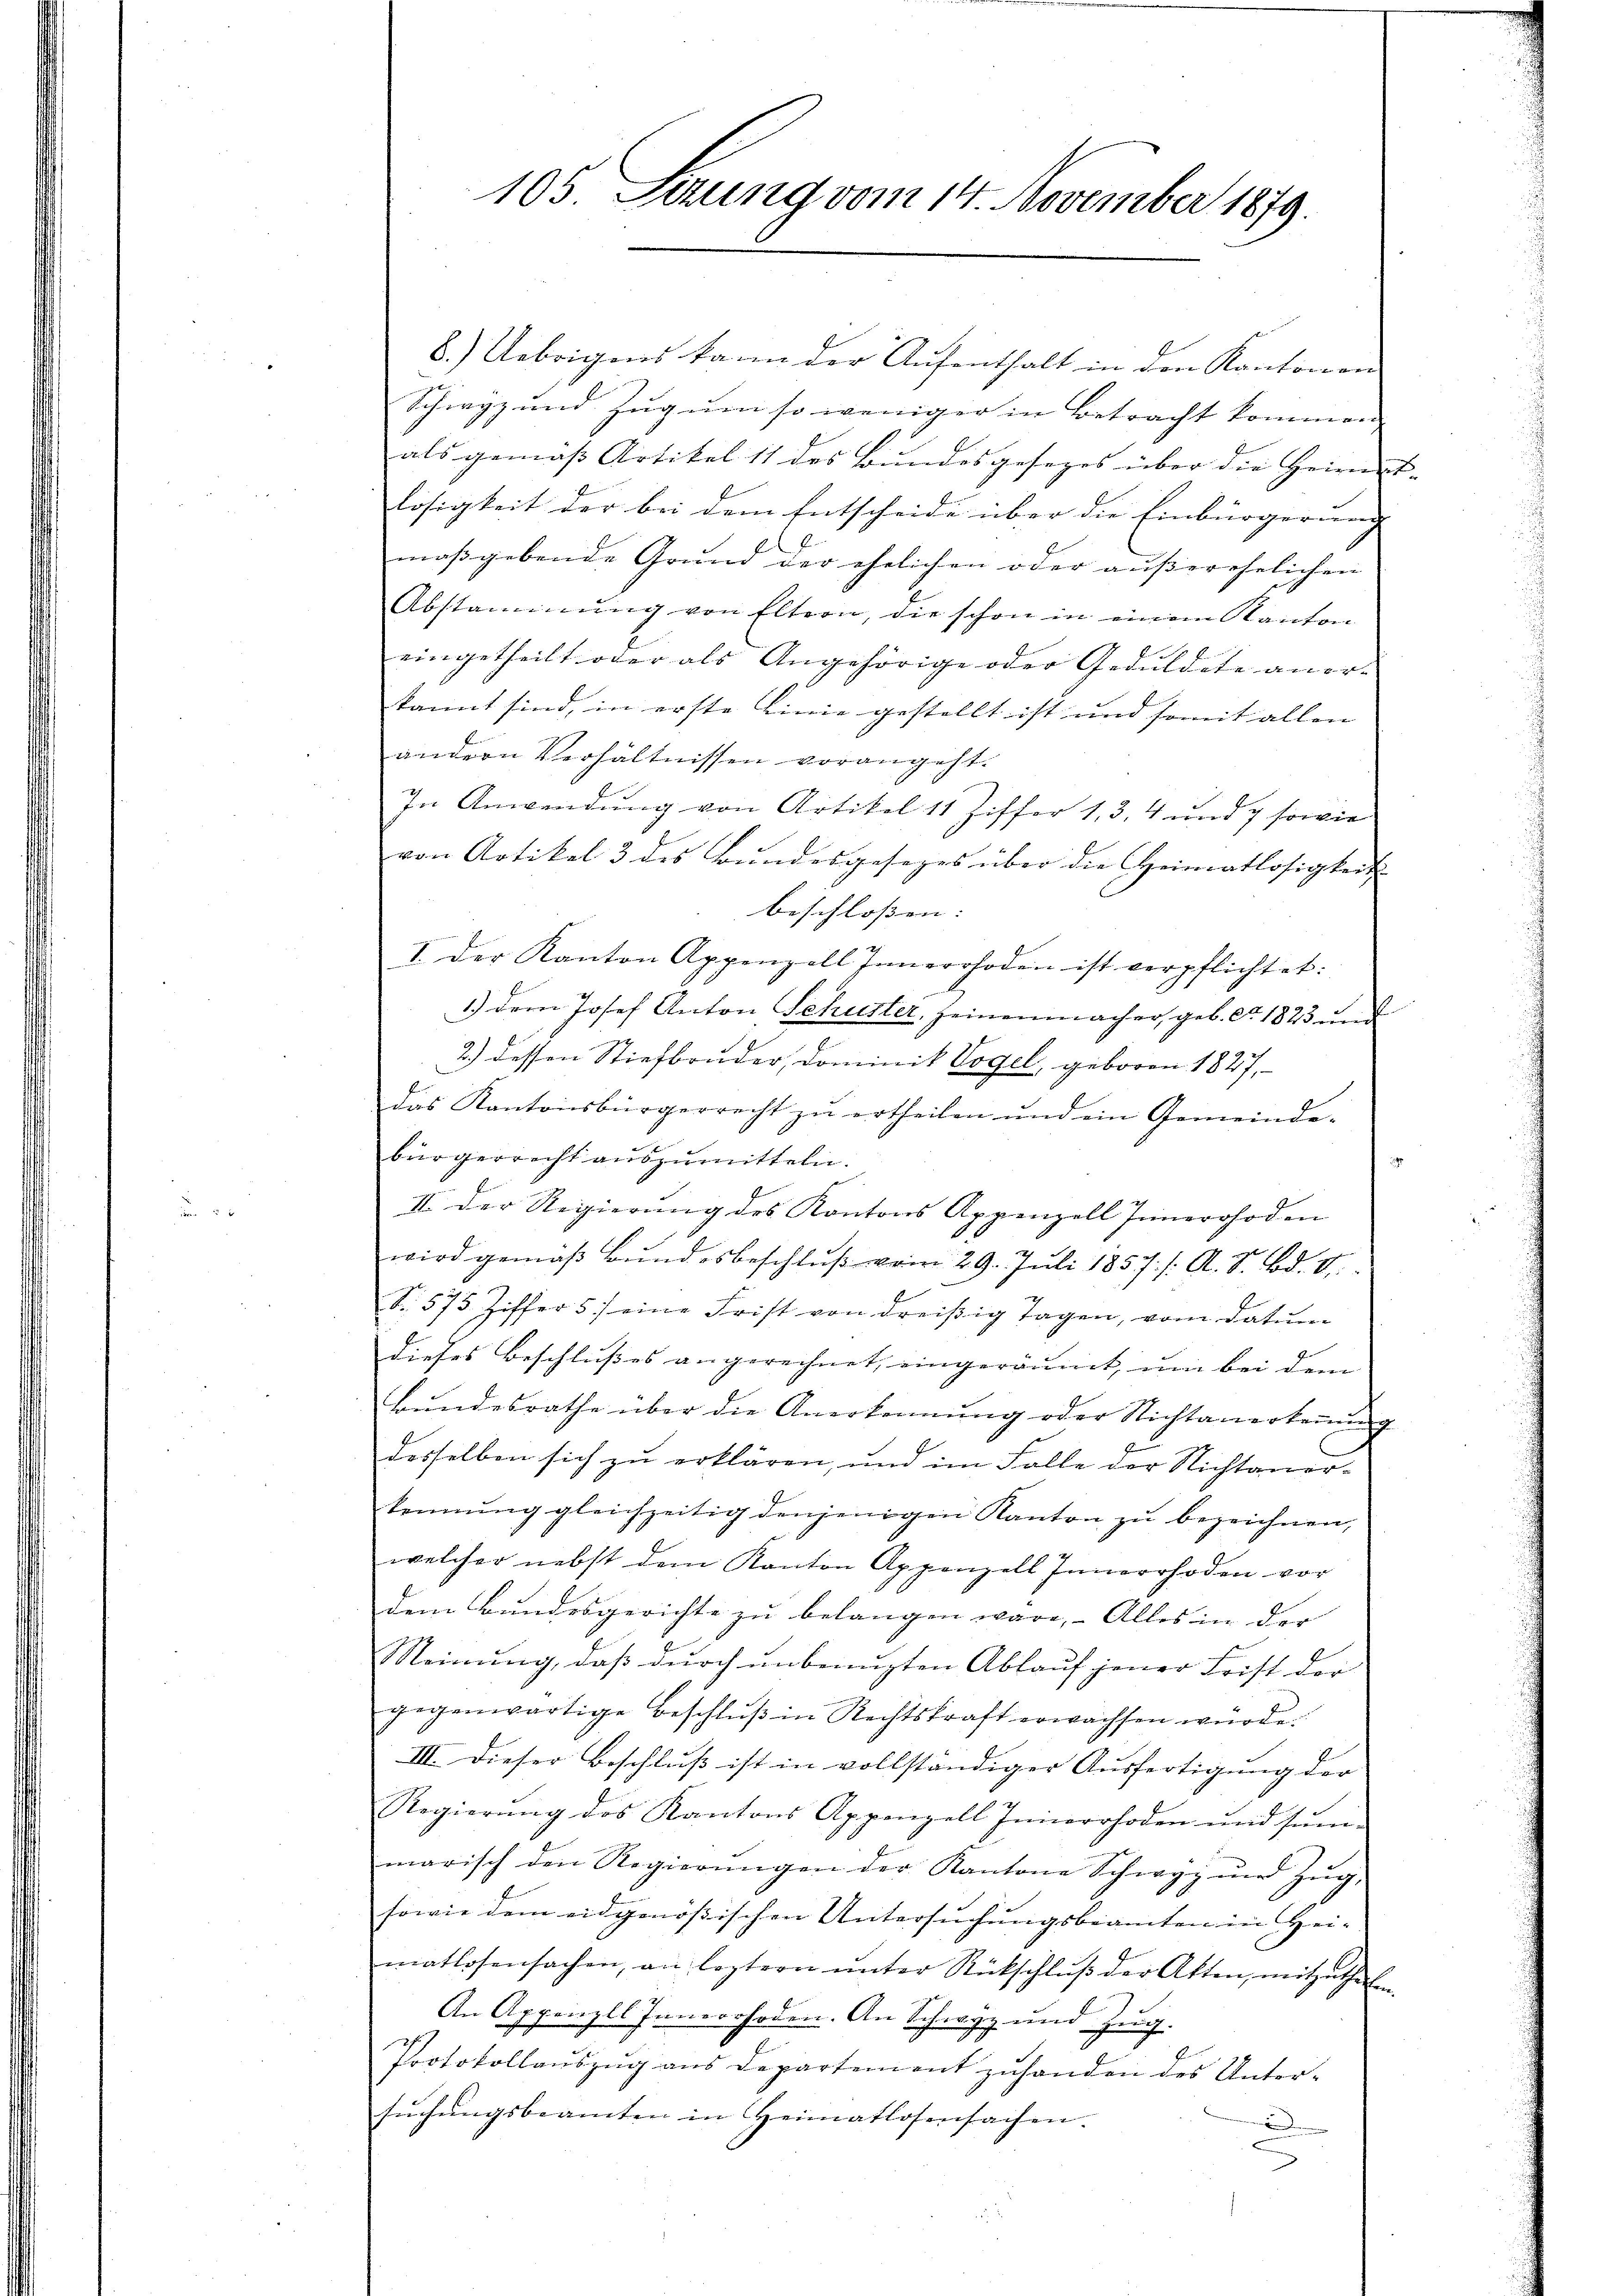
105. Sezung vom 14. November 1879.

6.) Uebrigens kann der Aufenthalt in den Kantonen
Schwyz und Zug um so weniger in Betracht kommen.
als gemäß Artikel 11 des Bundesgesezes über die Heimes- |
losigkeit der bei dem Entscheide über die Einbürgerung |
maßgebende Grund der ehelichen oder ausserehelichen |
Abstammung von Eltern, die schon in einem Kanton
eingetheilt oder als Angehörige oder Geduldete aner- |
kannt sind, in erste Linie gestellt ist und somit allen
andern Verhältnissen vorangeht.
In Anwendung von Artikel 11 Ziffer 1,3, 4 und 7 sowie
von Artikel 3 des Bundesgesezes über die Heimatlosigkeit |
beschlossen:
I. Der Kanton Appenzell Innerrhoden ist verpflichtet:
1.) Dem Josef Anton Schuster, seinenmacher, geb. Fr. 1823 und
2.) dessen Stiefbruder, Dominik Vogel, geboren 1827,
das Kantonsbürgerrecht zŭ ertheilen und ein Gemeinde-
bürgerrecht auszumitteln.
II. Der Regierŭng des Kantons Appenzell Innerrhoden
wird gemäß Bundesbeschluß vom 29. Juli 1857. /: A. S. Bd. V
S. 575 Ziffer 5) eine Frist von dreißig Tagen, vom Datum
dieses Beschlußes angerechnet, eingeräumt, um bei dem
Bŭndesrathe über die Anerkennung oder Nichtanerkeṅŭng
desselben sich zu erklären, und im Falle der Nichtanorkennung gleichzeitig denjenigen Kanton zŭ bezeichnen,
welcher nebst dem Kanton Appenzell Innerrhoden vor
dem Bundesgerichte zu belangen wäre, – Alles in der
Meinung, daß durch unbenuzten Ablauf jener Frist der
gegenwärtige Beschlŭβ in Rechtskraft erwachsen würde.
III. Dieser Beschluß ist in vollständiger Ausfertigung der
Regierŭng des Kantons Appenzell Innerrhoden und Jŭm-
marisch den Regierŭngen der Kantone Schwyz ŭm Zŭg,
sowie dem eidgenössischen Untersuchungsbeamten in Hei- |
matlosensachen, an leztern ŭnter Rückschlŭβ der Akten, mitzutheilen
An Appenzell Innerrhoden. An Schwyz und Zug.
Protokollaŭszŭg ans Departement zŭ handen des Unter-
sŭchŭngsbeamten in Heimatlosensachen.
.
u